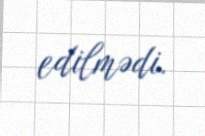
edilmədi.